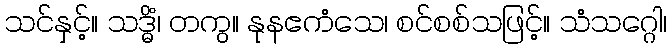
သင်နှင့်။ သဒ္ဓိံ၊ တကွ။ နုနဧကံသေ၊ စင်စစ်သဖြင့်။ သံသဂ္ဂေါ၊